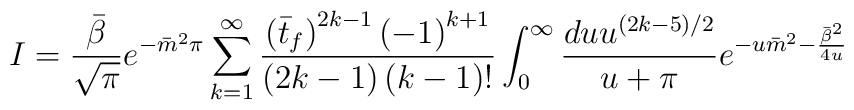
I= \frac{\bar{\beta}}{\sqrt{\pi}} e^{- \bar{m}^2 \pi}\sum_{k=1}^{\infty} \frac{\left( \bar{t}_f \right)^{2k-1} \left( -1\right)^{k+1}}{\left( 2k-1\right)\left(k -1\right)!}\int_{0}^{\infty} \frac{du u^{(2k-5)/2}}{u+ \pi}e^{- u \bar{m}^2 - \frac{\bar{\beta}^2}{4u}}